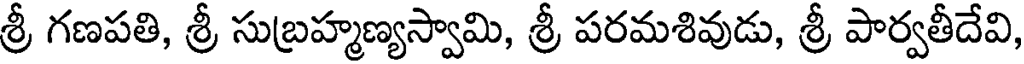
శ్రీ గణపతి, శ్రీ సుబ్రహ్మణ్యస్వామి, శ్రీ పరమశివుడు, శ్రీ పార్వతీదేవి,